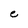
Character: e